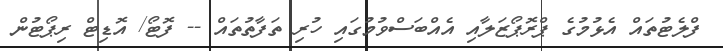
ފްލެޓުތައް އެޅުމުގެ ޕްރޮޕޯޒަލާއި އެއްބަސްވުމުގައި ހުރި ތަފާތުތައް -- ފޮޓޯ/ އޮޑިޓް ރިޕޯޓުން